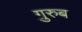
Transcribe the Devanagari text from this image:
ग़़ुरुब